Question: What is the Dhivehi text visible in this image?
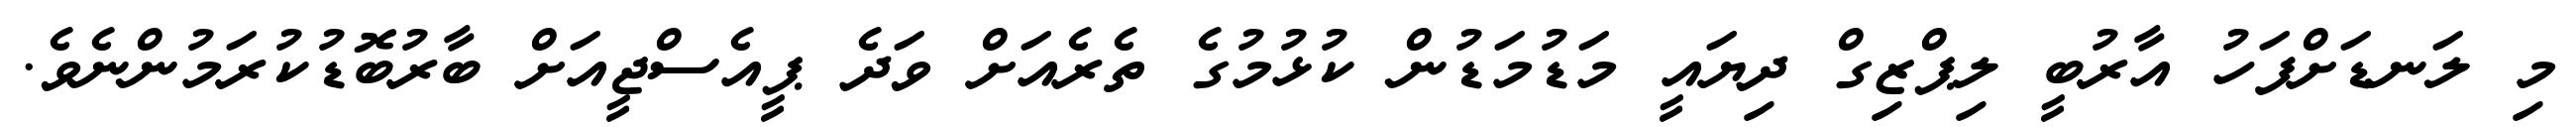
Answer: މި ލަނޑަށްފަހު އާރުބީ ލިޕްޒިގް ދިޔައީ މަޑުމަޑުން ކުޅުމުގެ ތެރެއަށް ވަދެ ޕީއެސްޖީއަށް ބާރުބޮޑުކުރަމުންނެވެ.